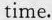
time.